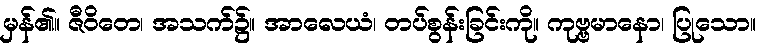
မှန်၏။ ဇီဝိတေ၊ အသက်၌။ အာလေယံ၊ တပ်စွန်းခြင်းကို။ ကုဗ္ဗမာနော၊ ပြုသော။